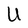
Character: U